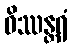
ဝိဿန္တရံ